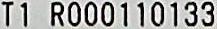
T1 R000110133